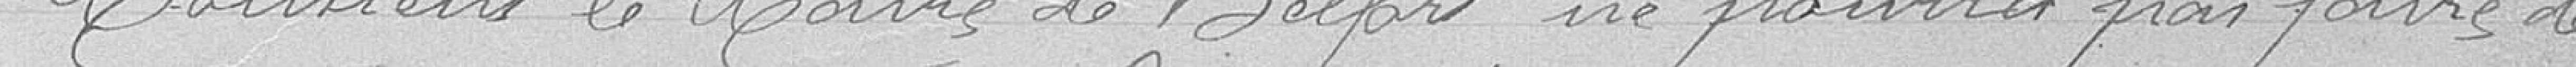
Monsieur le Maire de Belfort ne pourra pas faire de